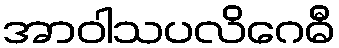
အာဝါသပလိဂေဓီ